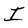
Character: I